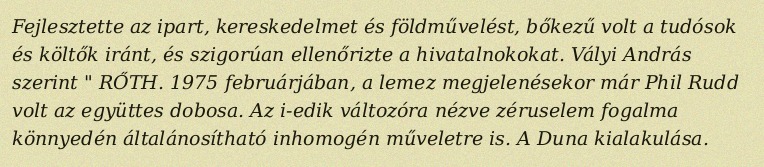
Fejlesztette az ipart, kereskedelmet és földművelést, bőkezű volt a tudósok és költők iránt, és szigorúan ellenőrizte a hivatalnokokat. Vályi András szerint " RŐTH. 1975 februárjában, a lemez megjelenésekor már Phil Rudd volt az együttes dobosa. Az i-edik változóra nézve zéruselem fogalma könnyedén általánosítható inhomogén műveletre is. A Duna kialakulása.